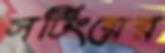
সর্টিংয়ের